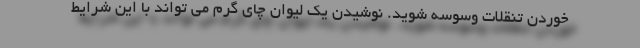
خوردن تنقلات وسوسه شوید. نوشیدن یک لیوان چای گرم می تواند با این شرایط